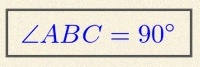
\angle ABC=90^\circ